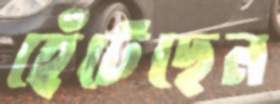
হেঁটেছেন